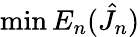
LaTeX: \operatorname*{min}E_{n}(\hat{J}_{n})